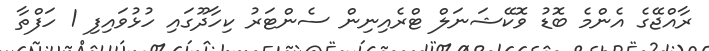
ރާއްޖޭގެ އެންމެ ބޮޑު ވޮކޭޝަނަލް ޓްރެއިނިން ސެންޓަރު ކިހާދޫގައި ހުޅުވައިފި 1 ހަފްތާ